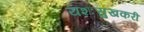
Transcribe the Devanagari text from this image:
यशःसुखकरी